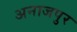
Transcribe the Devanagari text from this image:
अनाजपुर